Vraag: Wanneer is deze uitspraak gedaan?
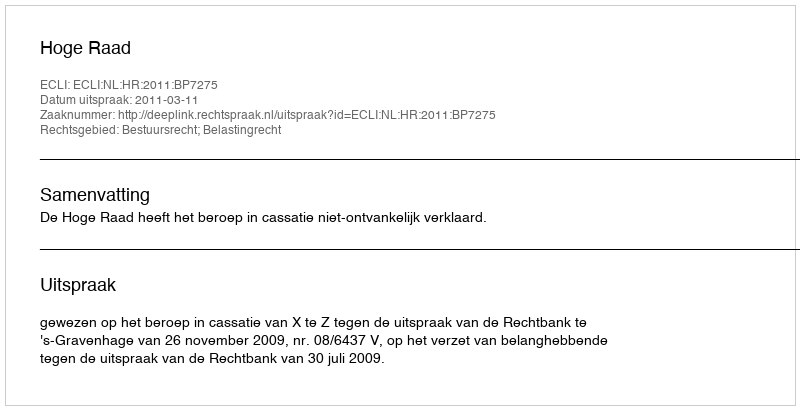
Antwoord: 2011-03-11